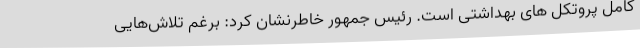
کامل پروتکل های بهداشتی است. رئیس جمهور خاطرنشان کرد: برغم تلاش‌هایی